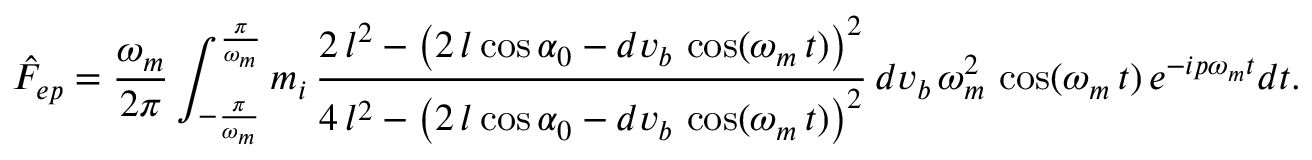
\hat { F } _ { e p } = \frac { \omega _ { m } } { 2 \pi } \int _ { - \frac { \pi } { \omega _ { m } } } ^ { \frac { \pi } { \omega _ { m } } } m _ { i } \, \frac { 2 \, l ^ { 2 } - \left( 2 \, l \cos { \alpha _ { 0 } } - d v _ { b } \, \cos ( \omega _ { m } \, t ) \right) ^ { 2 } } { 4 \, l ^ { 2 } - { \left( 2 \, l \cos { \alpha _ { 0 } } - d v _ { b } \, \cos ( \omega _ { m } \, t ) \right) } ^ { 2 } } \, d v _ { b } \, \omega _ { m } ^ { 2 } \, \cos ( \omega _ { m } \, t ) \, e ^ { - i p \omega _ { m } t } d t .